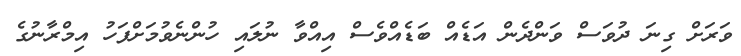
ވަރަށް ގިނަ ދުވަސް ވަންދެެން އަޑެއް ބަޑެއްވެސް އިއްވާ ނުލައި ހުންނެވުމަށްފަހު އިމްރާނުގެ